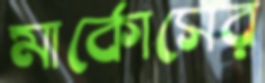
মার্কোসের